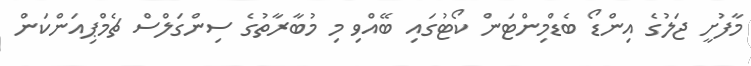
މާފުށީ ޖަލުގެ އިންޑޯ ބެޑްމިންޓަން ކޯޓުގައި ބޭއްވި މި މުބާރާތުގެ ސިންގަލްސް ޗެމްޕިއަންކަން